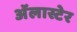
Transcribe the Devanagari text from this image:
अॅलास्टेर